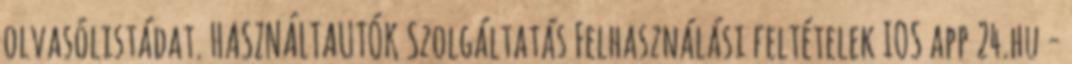
olvasólistádat. HASZNÁLTAUTÓK Szolgáltatás Felhasználási feltételek IOS app 24.hu -